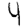
Digit: 4